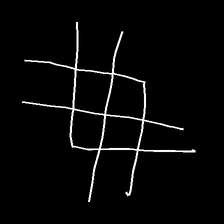
Glyph: crystal